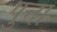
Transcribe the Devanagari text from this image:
पुत्ता